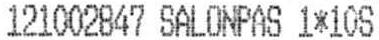
121002847 SALONPAS 1*10S